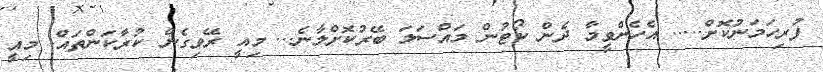
ފުރިހަމަނުކޮށް..... އެހެންވީމާ ދެން ކޯޓުން މައްސަލަ ބޭރުކޮށްލާނެ... މިއީ ރޭވިގެން ކުރާކަންތައް. މިއީ